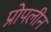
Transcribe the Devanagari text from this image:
प्रोपलीन